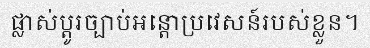
ផ្លាស់ប្តូរច្បាប់អន្តោប្រវេសន៍របស់ខ្លួន។